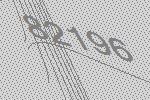
82196